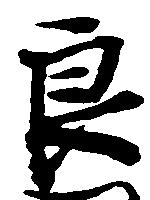
良